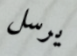
يرسل